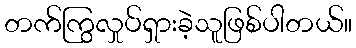
တက်ကြွလှုပ်ရှားခဲ့သူဖြစ်ပါတယ်။